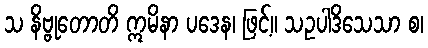
သ နိဗ္ဗုတောတိ ဣမိနာ ပဒေန၊ ဖြင့်။ သဥပါဒိသေသာ စ၊